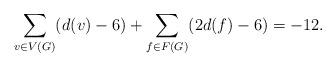
LaTeX: \begin{align*}\sum_{v\in V(G)}(d(v)-6) + \sum_{f\in F(G)}(2d(f)-6) = -12.\end{align*}